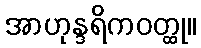
အာဟုန္ဒရိကဝတ္ထု။